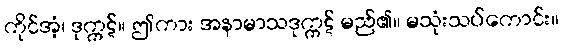
ကိုင်အံ့၊ ဒုက္ကဋ်။ ဤကား အနာမာသဒုက္ကဋ် မည်၏။ မသုံးသပ်ကောင်း။